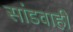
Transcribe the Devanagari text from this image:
सांडवाही